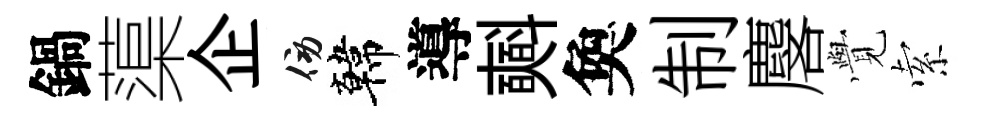
鍋蕖企傍韓導𣂏奐制麐𮗜索